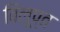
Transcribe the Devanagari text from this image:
विलूप्त